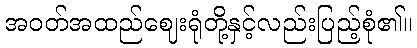
အဝတ်အထည်ဈေးရုံတို့နှင့်လည်းပြည့်စုံ၏။